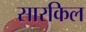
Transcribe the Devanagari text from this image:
सारकिल